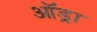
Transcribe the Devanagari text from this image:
ऑड्रा